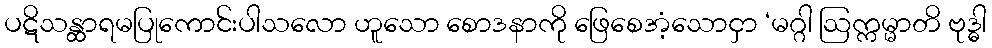
ပဋိသန္ထာရမပြုကောင်းပါသလော ဟူသော စောဒနာကို ဖြေစေအံ့သောငှာ ‘မဂ္ဂါ ဩက္ကမ္မာတိ ဗုဒ္ဓါ